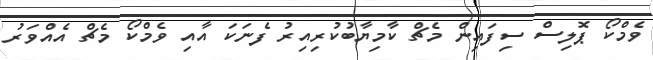
ވެމްކޯ ޕޮލިސް ސިފައިން މެޗް ކާމިޔާބުކުރިއިރު ފެނަކަ އާއި ވެމްކޯ މެޗް އެއްވަރު